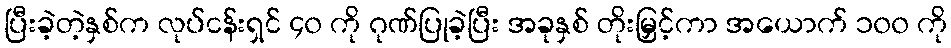
ပြီးခဲ့တဲ့နှစ်က လုပ်ငန်းရှင် ၄၀ ကို ဂုဏ်ပြုခဲ့ပြီး အခုနှစ် တိုးမြှင့်ကာ အယောက် ၁၀၀ ကို